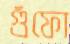
গুঁফো